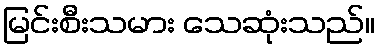
မြင်းစီးသမား သေဆုံးသည်။